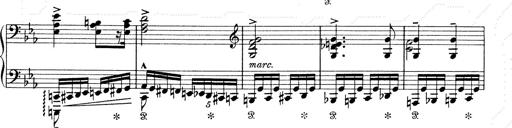
Title: 6 Polish Songs
Composer: Franz Liszt